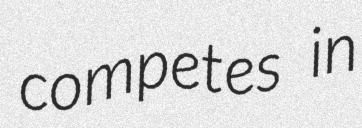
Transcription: competes in